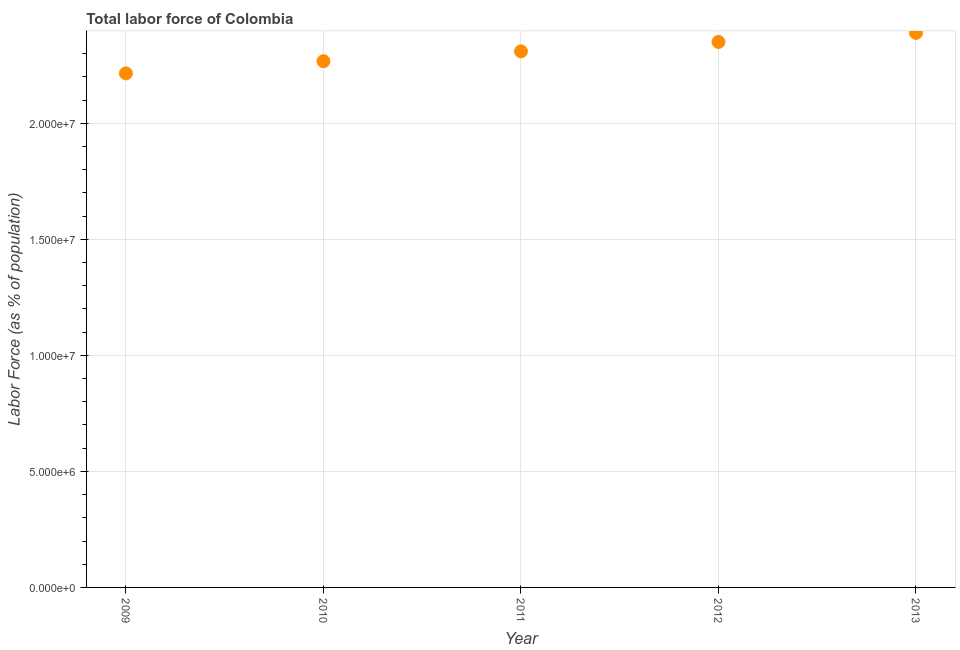
| Year | Labor force |
 | --- | --- |
 | 2009 | 2.22e+07 |
 | 2010 | 2.27e+07 |
 | 2011 | 2.31e+07 |
 | 2012 | 2.35e+07 |
 | 2013 | 2.39e+07 |